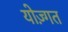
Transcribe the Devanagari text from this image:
योज़्गत